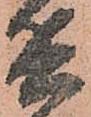
兵